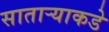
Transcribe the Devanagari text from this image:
साताऱ्याकडे